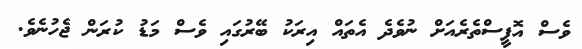
ވެސް އޮފީސްތެރެއަށް ނުވެދެ އެތައް އިރަކު ބޭރުގައި ވެސް މަޑު ކުރަން ޖެހުނެވެ.